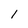
Character: 1